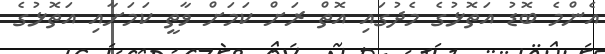
އެންމެ ބޮޑު އަތޮޅުގެ މެދުގައި އޮތް ރަށް ކަމަށް ވާތީ ކަމަށާއި އަތޮޅުގެ